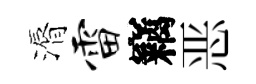
漘雷竊恶